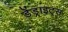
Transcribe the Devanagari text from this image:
डेंड्राइट्स